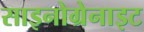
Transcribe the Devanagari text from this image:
साइनोग्रेनाइट